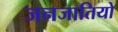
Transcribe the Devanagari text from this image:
जनजातियो